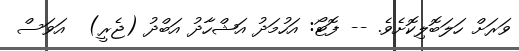
ވަރަށް ހަލަބޮލިކޮށެވެ. -- ފޮޓޯ: އަހުމަދު އަޝްހާދު އަބްދު (ޖެރީ)  އަވަސް